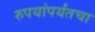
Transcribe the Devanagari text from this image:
रुपयांपर्यंतचा